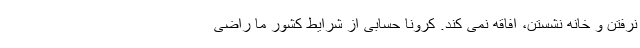
نرفتن و خانه نشستن، افاقه نمی کند. کرونا حسابی از شرایط کشور ما راضی